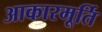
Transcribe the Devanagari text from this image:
आकारमूर्ति